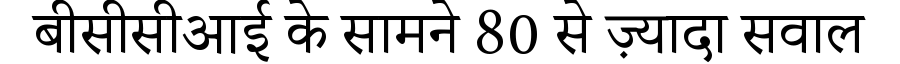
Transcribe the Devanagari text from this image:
बीसीसीआई के सामने 80 से ज़्यादा सवाल